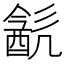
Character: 𨡳